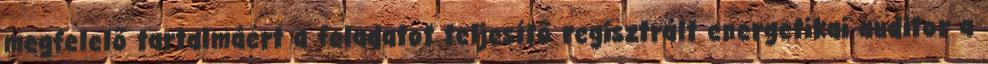
megfelelő tartalmáért a feladatot teljesítő regisztrált energetikai auditor a